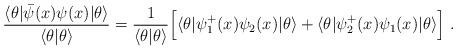
LaTeX: \begin{align*}\frac{\langle\theta|\bar{\psi}(x)\psi(x)|\theta\rangle}{\langle\theta|\theta\rangle}=\frac{1}{\langle\theta|\theta\rangle}\Bigl[\langle\theta|\psi_{1}^{+}(x)\psi_{2}(x)|\theta\rangle+\langle\theta|\psi_{2}^{+}(x)\psi_{1}(x)|\theta\rangle \Bigr] \ .\end{align*}